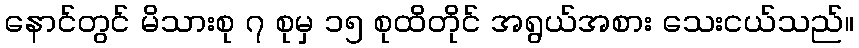
နောင်တွင် မိသားစု ၇ စုမှ ၁၅ စုထိတိုင် အရွယ်အစား သေးငယ်သည်။